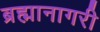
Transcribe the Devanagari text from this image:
ब्रह्मानागरी